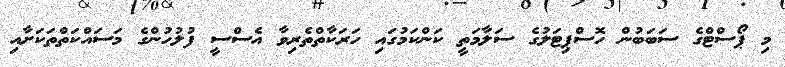
މި ޕޯސްޓްގެ ސަބަބުން ހޮސްޕިޓަލުގެ ސަލާމަތީ ކަންކަމުގައި ހަރަކާތްތެރިވާ އެސްސީ ފުލުހުންގެ މަސައްކަތްތަކަށާއި